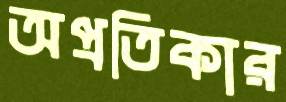
অপ্রতিকার